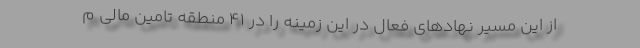
از این مسیر نهادهای فعال در این زمینه را در ۴۱ منطقه تامین مالی م